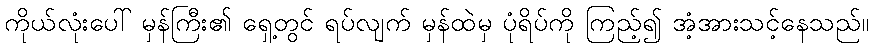
ကိုယ်လုံးပေါ် မှန်ကြီး၏ ရှေ့တွင် ရပ်လျက် မှန်ထဲမှ ပုံရိပ်ကို ကြည့်၍ အံ့အားသင့်နေသည်။